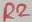
Text: R2